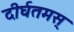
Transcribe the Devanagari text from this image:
दीर्घतमस्‌